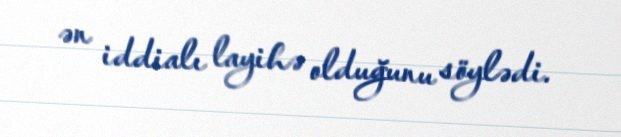
ən iddialı layihə olduğunu söylədi.